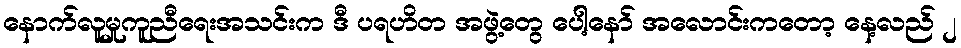
နောက်လူမှုကူညီရေးအသင်းက ဒီ ပရဟိတ အဖွဲ့တွေ ပေါ့နော် အလောင်းကတော့ နေ့လည် ၂